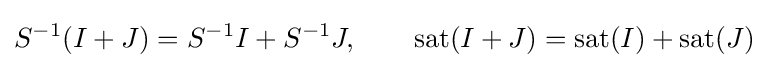
S^{-1}(I+J)=S^{-1}I+S^{-1}J,\qquad \operatorname {sat} (I+J)=\operatorname {sat} (I)+\operatorname {sat} (J)